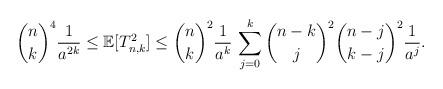
LaTeX: \begin{align*}\binom{n}{k}^4 \frac{1}{a^{2k}} \leq \mathbb{E}[T_{n,k}^2] \leq \binom{n}{k}^2 \frac{1}{a^{k}} \, \sum_{j=0}^k \binom{n-k}{j}^2 \binom{n -j }{k-j}^2 \frac{1}{a^{j}}.\end{align*}